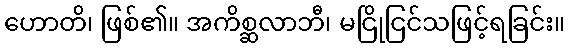
ဟောတိ၊ ဖြစ်၏။ အကိစ္ဆလာဘီ၊ မငြိုငြင်သဖြင့်ရခြင်း။